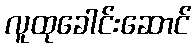
လူထုခေါင်းဆောင်